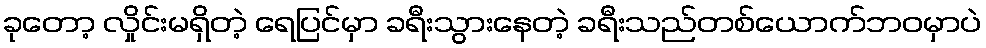
ခုတော့ လှိုင်းမရှိတဲ့ ရေပြင်မှာ ခရီးသွားနေတဲ့ ခရီးသည်တစ်ယောက်ဘဝမှာပဲ